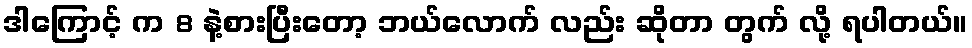
ဒါကြောင့် က 8 နဲ့စားပြီးတော့ ဘယ်လောက် လည်း ဆိုတာ တွက် လို့ ရပါတယ်။